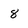
Character: 8